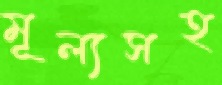
মূল্যসহ